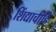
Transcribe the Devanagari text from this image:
शिंद्याचीहि